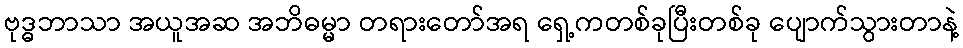
ဗုဒ္ဓဘာသာ အယူအဆ အဘိဓမ္မာ တရားတော်အရ ရှေ့ကတစ်ခုပြီးတစ်ခု ပျောက်သွားတာနဲ့